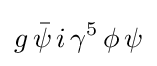
g\,{\bar {\psi }}\,i\,\gamma ^{5}\,\phi \,\psi